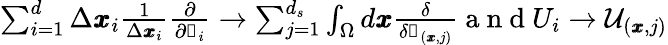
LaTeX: \begin{array}{r}{\sum_{i=1}^{d}\Delta\pmb{x}_{i}\frac{1}{\Delta\pmb{x}_{i}}\frac{\partial}{\partial\mathscr{s}_{i}}\rightarrow\sum_{j=1}^{d_{s}}\int_{\Omega}d\pmb{x}\frac{\delta}{\delta\mathscr{s}_{(\pmb{x},j)}}\mathrm{~a~n~d~}U_{i}\rightarrow\mathcal{U}_{(\pmb{x},j)}}\end{array}